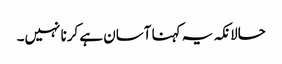
حالانکہ یہ کہنا آسان ہے کرنا نہیں۔